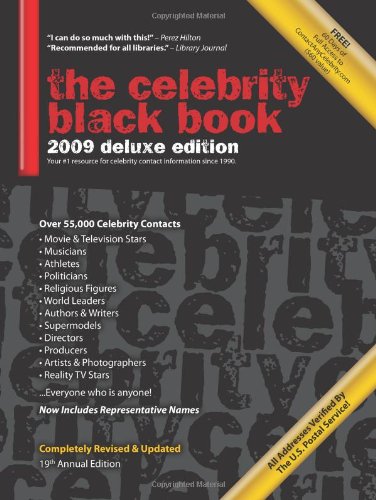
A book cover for The Celebrity Black Book 2009: Over 55,000 Accurate Celebrity Addresses for Fans, Businesses, Nonprofits, Authors and the Media; Jordan McAuley; Crafts, Hobbies & Home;